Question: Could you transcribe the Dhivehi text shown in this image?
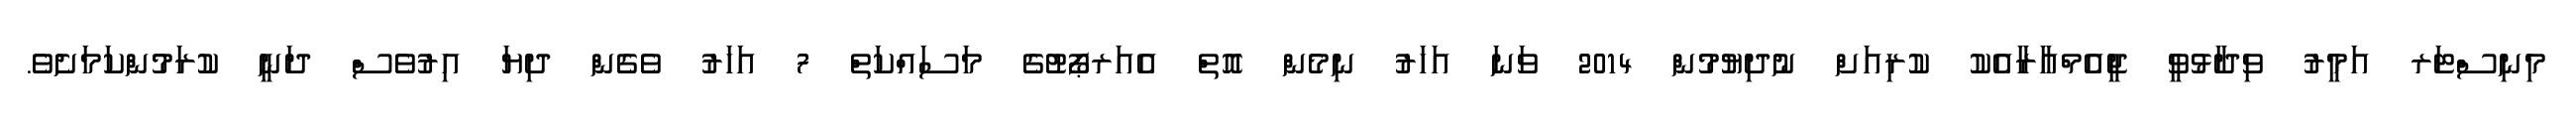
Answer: މިނިސްޓަރ އަމީރު ވިދާޅުވީ ޖީއެމްއާރާއެކު ކުރިއަށް ނުދިޔުމުން 2014 ވަނަ އަހަރު ނިމެން އޮތް އެއަރޕޯޓުގެ މަސައްކަތް 7 އަހަރު ވެގެން ދިޔަ އިރުވެސް ދަނީ ކުރަމުންކަމަށެވެ.